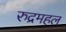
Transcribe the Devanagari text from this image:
रुद्रमहल